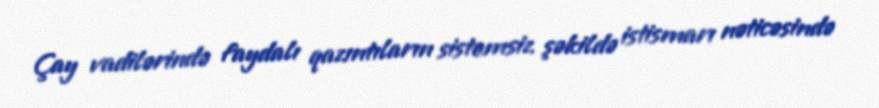
Çay vadilərində faydalı qazıntıların sistemsiz şəkildə istismarı nəticəsində